Annual administration and progress report of the Indian Medical Department, Bombay
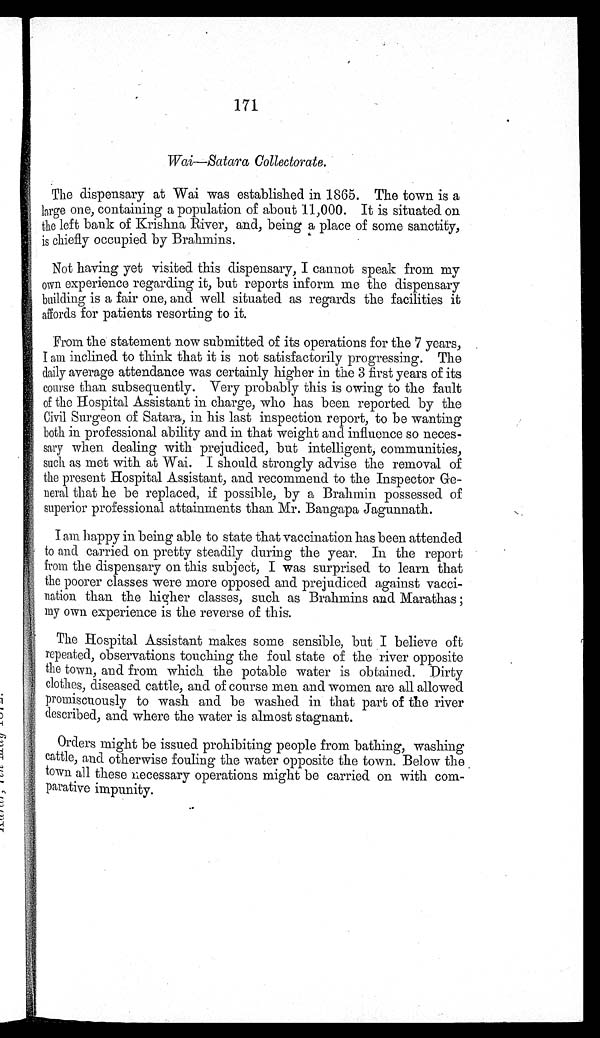
171
Wai—Satara Collectorate.
The dispensary at Wai was established in 1865. The town is a
large one, containing a population of about 11,000. It is situated on
the left bank of Krishna River, and, being a place of some sanctity,
is chiefly occupied by Brahmins.
Not having yet visited this dispensary, I cannot speak from my
own experience regarding it, but reports inform me the dispensary
building is a fair one, and well situated as regards the facilities it
affords for patients resorting to it.
From the statement now submitted of its operations for the 7 years,
I am inclined to think that it is not satisfactorily progressing. The
daily average attendance was certainly higher in the 3 first years of its
course than subsequently. Very probably this is owing to the fault
of the Hospital Assistant in charge, who has been reported by the
Civil Surgeon of Satara, in his last inspection report, to be wanting
both in professional ability and in that weight and influence so neces
-
sary when dealing with prejudiced, but intelligent, communities,
such as met with at Wai. I should strongly advise the removal of
the present Hospital Assistant, and recommend to the Inspector Ge-
- neral that he be replaced, if possible, by a Brahmin possessed of
superior professional attainments than Mr. Bangapa Jagunnath.
I am happy in being able to state that vaccination has been attended
to and carried on pretty steadily during the year. In the report
from the dispensary on this subject, I was surprised to learn that
the poorer classes were more opposed and prejudiced against vacc
i- nation than the higher classes, such as Brahmins and Marathas ;
my own experience is the reverse of this.
The Hospital Assistant makes some sensible, but I believe oft
repeated, observations touching the foul state of the river opposite
the town, and from which the potable water is obtained. Dirty
clothes, diseased cattle, and of course men and women are all allowed
promiscuously to wash and be washed in that part of the river
described, and where the water is almost stagnant.
Orders might be issued prohibiting people from bathing, washing
cattle, and otherwise fouling the water opposite the town. Below the
town all these necessary operations might be carried on with com-
- parative impunity.